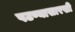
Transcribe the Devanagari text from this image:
पटण्यासारखी